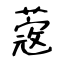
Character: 蔲